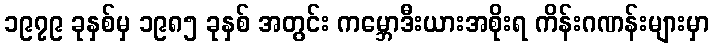
၁၉၇၉ ခုနှစ်မှ ၁၉၈၅ ခုနှစ် အတွင်း ကမ္ဘောဒီးယားအစိုးရ ကိန်းဂဏန်းများမှာ